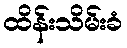
ထိန်းသိမ်းခံ